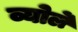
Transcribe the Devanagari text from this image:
व्योर्ले